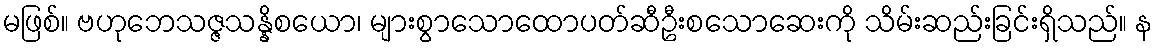
မဖြစ်။ ဗဟုဘေသဇ္ဇသန္နိစယော၊ များစွာသောထောပတ်ဆီဦးစသောဆေးကို သိမ်းဆည်းခြင်းရှိသည်။ န